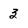
Character: 3